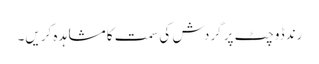
رندڈوچٹ پر گردش کی سمت کا مشاہدہ کریں۔